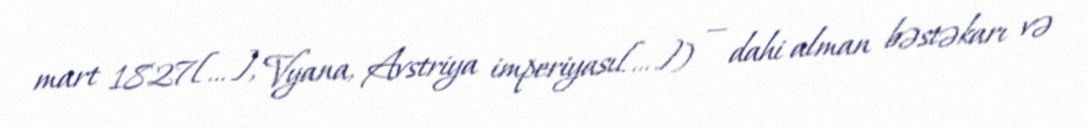
mart 1827[…], Vyana, Avstriya imperiyası[…]) — dahi alman bəstəkarı və